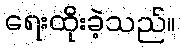
ရေးထိုးခဲ့သည်။